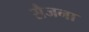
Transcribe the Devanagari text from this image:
सैजना